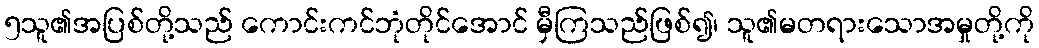
၅သူ၏အပြစ်တို့သည် ကောင်းကင်ဘုံတိုင်အောင် မှီကြသည်ဖြစ်၍၊ သူ၏မတရားသောအမှုတို့ကို